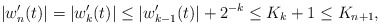
\begin{align*}|w_n'(t) | = |w_k'(t)| \leq |w_{k-1}'(t)| + 2^{-k} \leq K_k + 1 \leq K_{n+1},\end{align*}